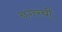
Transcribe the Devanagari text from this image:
नगरची